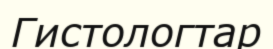
Гистологтар